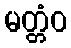
မတ္တံဝ